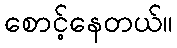
စောင့်နေတယ်။